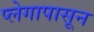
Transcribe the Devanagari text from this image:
प्लेगापासून